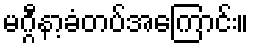
မဂ္ဂီနာ့ခံတပ်အကြောင်း။